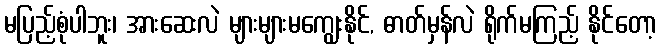
မပြည့်စုံပါဘူး၊ အားဆေးလဲ များများမကျွေးနိုင်, ဓာတ်မှန်လဲ ရိုက်မကြည့် နိုင်တော့